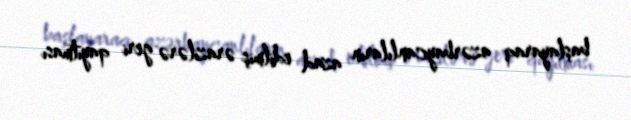
başlayaraq azərbaycanlıların azad edilmiş ərazilərə geri qayıtması